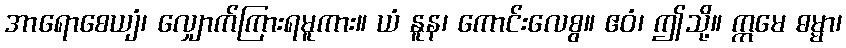
အာရောစေယျံ၊ လျှောက်ကြားရမူကား။ ယံ နူန၊ ကောင်းလေစွ။ ဧဝံ၊ ဤသို့။ ဣမေ ဓမ္မာ၊